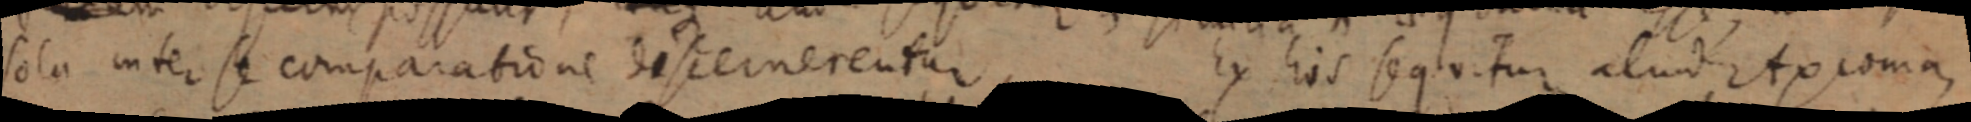
sola inter se comparatione discernerentur Ex his sequitur aliud Axioma,